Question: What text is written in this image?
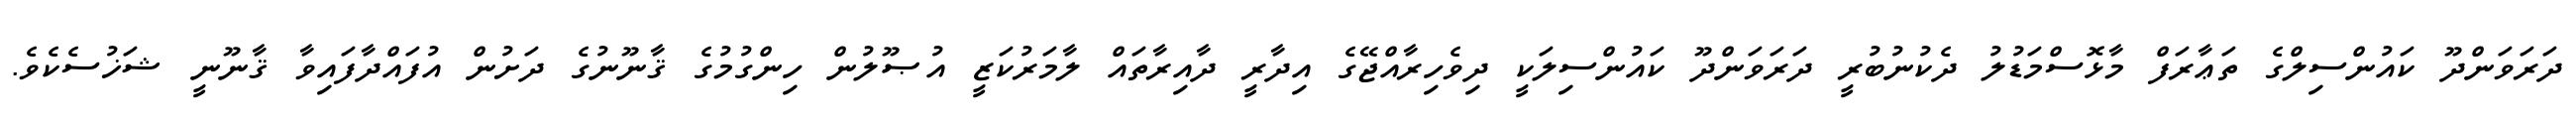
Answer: ދަރަވަންދޫ ކައުންސިލްގެ ތަޢާރަފް މާޅޮސްމަޑުލު ދެކުނުބުރީ ދަރަވަންދޫ ކައުންސިލަކީ ދިވެހިރާއްޖޭގެ އިދާރީ ދާއިރާތައް ލާމަރުކަޒީ އުޞޫލުން ހިންގުމުގެ ޤާނޫނުގެ ދަށުން އުފައްދާފައިވާ ޤާނޫނީ ޝަޚުސެކެވެ.